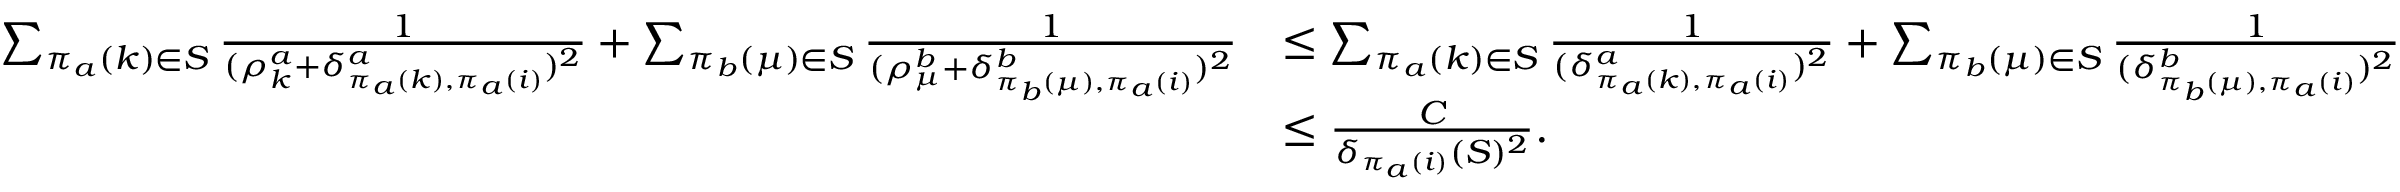
\begin{array} { r l } { \sum _ { \pi _ { a } ( k ) \in S } \frac { 1 } { ( \rho _ { k } ^ { a } + \delta _ { \pi _ { a } ( k ) , \pi _ { a } ( i ) } ^ { a } ) ^ { 2 } } + \sum _ { \pi _ { b } ( \mu ) \in S } \frac { 1 } { ( \rho _ { \mu } ^ { b } + \delta _ { \pi _ { b } ( \mu ) , \pi _ { a } ( i ) } ^ { b } ) ^ { 2 } } } & { \le \sum _ { \pi _ { a } ( k ) \in S } \frac { 1 } { ( \delta _ { \pi _ { a } ( k ) , \pi _ { a } ( i ) } ^ { a } ) ^ { 2 } } + \sum _ { \pi _ { b } ( \mu ) \in S } \frac { 1 } { ( \delta _ { \pi _ { b } ( \mu ) , \pi _ { a } ( i ) } ^ { b } ) ^ { 2 } } } \\ & { \le \frac { C } { \delta _ { \pi _ { a } ( i ) } ( S ) ^ { 2 } } . } \end{array}